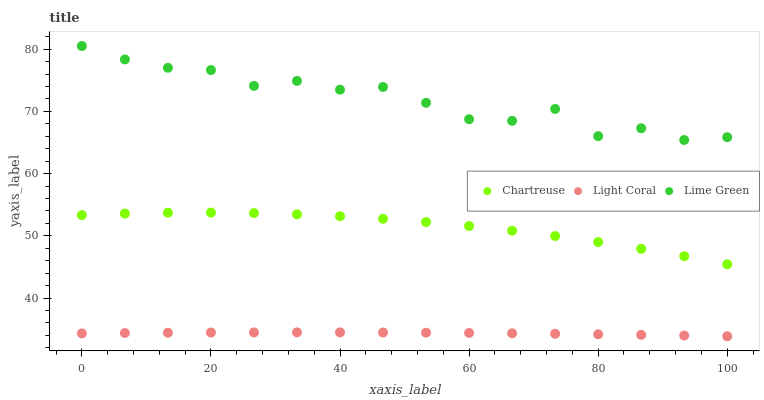
| xaxis_label | Chartreuse | Light Coral | Lime Green |
 | --- | --- | --- | --- |
 | 0 | 53.3 | 34.3 | 80.5 |
 | 6.67 | 53.6 | 34.4 | 78.4 |
 | 13.3 | 53.7 | 34.4 | 77 |
 | 20 | 53.7 | 34.4 | 76.7 |
 | 26.7 | 53.7 | 34.5 | 74.1 |
 | 33.3 | 53.5 | 34.5 | 74.9 |
 | 40 | 53.2 | 34.5 | 73.5 |
 | 46.7 | 52.7 | 34.5 | 73.9 |
 | 53.3 | 52.2 | 34.4 | 71.4 |
 | 60 | 51.6 | 34.4 | 68.7 |
 | 66.7 | 50.8 | 34.3 | 68.5 |
 | 73.3 | 50 | 34.3 | 70.4 |
 | 80 | 49 | 34.2 | 66 |
 | 86.7 | 47.9 | 34.1 | 67.3 |
 | 93.3 | 46.7 | 34 | 65.4 |
 | 100 | 45.4 | 33.9 | 65.9 |